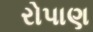
રોપાણ